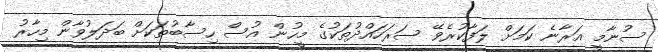
ސުނާމީ އަރާނެ ކަމަށް ލަފާކުރެވޭ ސަރަހައްދުތަކުގެ މީހުން އުސް ހިސާބުތަކަށް ބަދަލުވާން މިހާރު